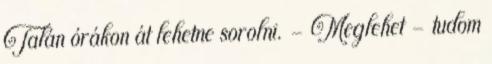
Talán órákon át lehetne sorolni. - Meglehet - tudom